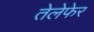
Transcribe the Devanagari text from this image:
तेलेफेर